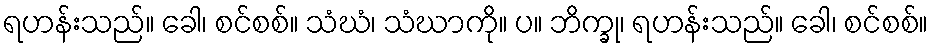
ရဟန်းသည်။ ခေါ၊ စင်စစ်။ သံဃံ၊ သံဃာကို။ ပ။ ဘိက္ခု၊ ရဟန်းသည်။ ခေါ၊ စင်စစ်။